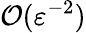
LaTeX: \mathcal{O}(\varepsilon^{-2})